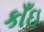
કાઁઇ